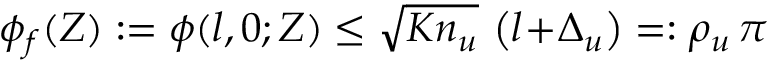
\begin{array} { r } { \phi _ { f } ( Z ) : = \phi ( l , 0 ; Z ) \le \sqrt { K n _ { u } } \, \left( l \! + \! \Delta _ { u } \right) = : \rho _ { u } \, \pi } \end{array}